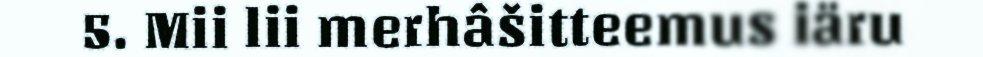
5. Mii lii merhâšitteemus iäru